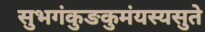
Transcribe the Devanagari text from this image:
सुभगंकुङकुमंयस्यसुते